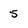
Character: 5